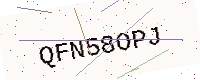
Text: QFN58OPJ